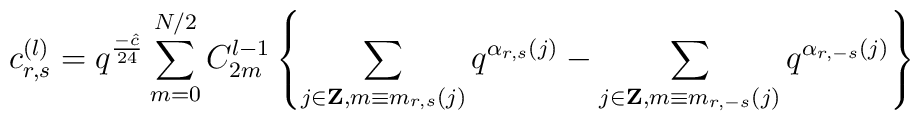
c_{r,s}^{(l)}=q^{\frac{-\hat{c}}{24}}\sum_{m=0}^{N/2}C_{2m}^{l-1} \left\{\sum_{j\in{\bf Z}, m\equiv m_{r,s}(j)}q^{\alpha_{r,s}(j)} -\sum_{j\in{\bf Z}, m\equiv m_{r,-s}(j)}q^{\alpha_{r,-s}(j)}\right\}